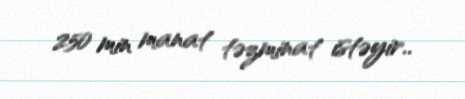
250 min manat təzminat istəyir..